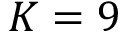
K = 9